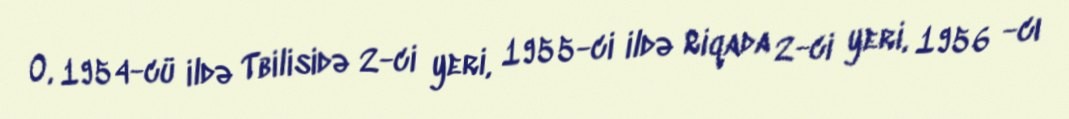
O, 1954-cü ildə Tbilisidə 2-ci yeri, 1955-ci ildə Riqada 2-ci yeri, 1956 -cı